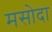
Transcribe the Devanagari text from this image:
मसोदा